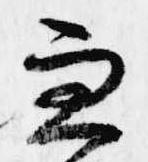
兼